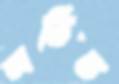
অভিভ